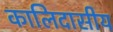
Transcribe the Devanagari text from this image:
कालिदासीय